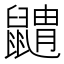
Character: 䶇